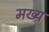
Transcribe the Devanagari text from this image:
मख्य